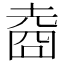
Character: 𡍬